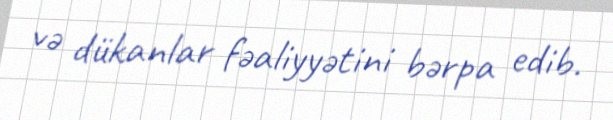
və dükanlar fəaliyyətini bərpa edib.